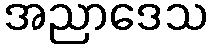
အညာဒေသ